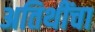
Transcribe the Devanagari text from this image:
अतिथींचा